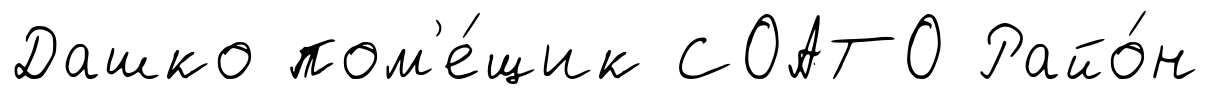
Дашко пом'е́щик СОАТО Райо́н